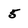
Character: 5